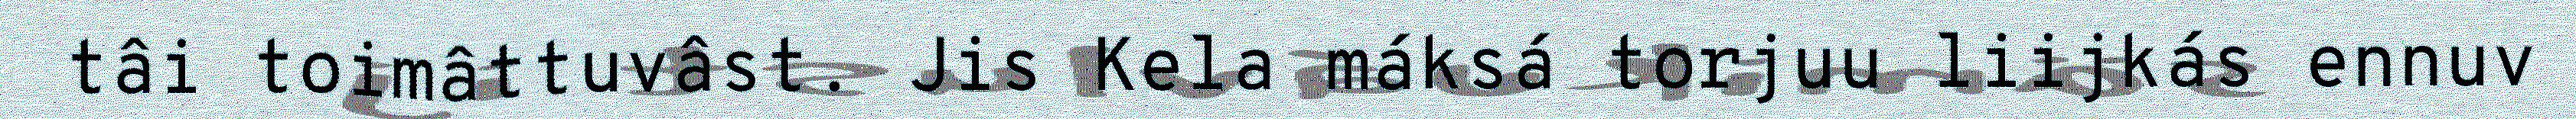
tâi toimâttuvâst. Jis Kela máksá torjuu liijkás ennuv